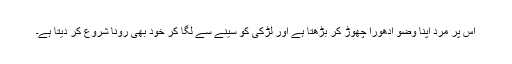
اس پر مرد اپنا وضو ادھورا چھوڑ کر بڑھتا ہے اور لڑکی کو سینے سے لگا کر خود بھی رونا شروع کر دیتا ہے۔